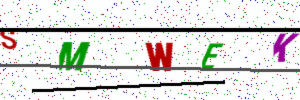
Text: SMWEK